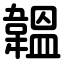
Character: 韞